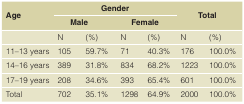
<table><thead><tr><td rowspan="2"><b>Age</b></td><td colspan="4"><b>Gender</b></td><td rowspan="2" colspan="2"><b>Total</b></td></tr><tr><td colspan="2"><b>Male</b></td><td colspan="2"><b>Female</b></td></tr></thead><tbody><tr><td></td><td>N</td><td>(%)</td><td>N</td><td>(%)</td><td>N</td><td>(%)</td></tr><tr><td>11–13 years</td><td>105</td><td>59.7%</td><td>71</td><td>40.3%</td><td>176</td><td>100.0%</td></tr><tr><td>14–16 years</td><td>389</td><td>31.8%</td><td>834</td><td>68.2%</td><td>1223</td><td>100.0%</td></tr><tr><td>17–19 years</td><td>208</td><td>34.6%</td><td>393</td><td>65.4%</td><td>601</td><td>100.0%</td></tr><tr><td>Total</td><td>702</td><td>35.1%</td><td>1298</td><td>64.9%</td><td>2000</td><td>100.0%</td></tr></tbody></table>